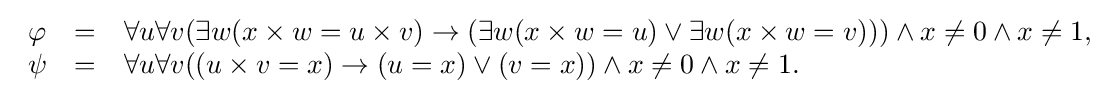
{\begin{array}{lcl}\varphi &=&\forall u\forall v(\exists w(x\times w=u\times v)\rightarrow (\exists w(x\times w=u)\lor \exists w(x\times w=v)))\land x\neq 0\land x\neq 1,\\\psi &=&\forall u\forall v((u\times v=x)\rightarrow (u=x)\lor (v=x))\land x\neq 0\land x\neq 1.\end{array}}